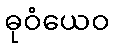
ဓုဝံယေဝ